Proceedings of the meeting of veterinary officers in India
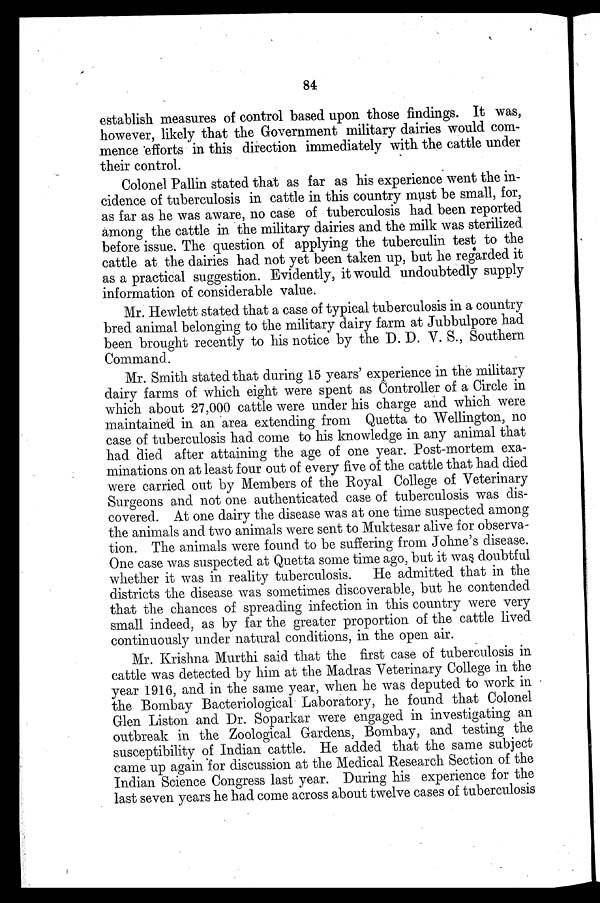
84
establish measures of control based upon those findings. It was,
however, likely that the Government military dairies would com-
mence efforts in this direction immediately with the cattle under
their control.
Colonel Pallin stated that as far as his experience went the in-
cidence of tuberculosis in cattle in this country must be small, for,
as far as he was aware, no case of tuberculosis had been reported
among the cattle in the military dairies and the milk was sterilized
before issue. The question of applying the tuberculin test to the
cattle at the dairies had not yet been taken up, but he regarded it
as a practical suggestion. Evidently, it would undoubtedly supply
information of considerable value.
Mr. Hewlett stated that a case of typical tuberculosis in a country
bred animal belonging to the military dairy farm at Jubbulpore had
been brought recently to his notice by the D. D. V. S., Southern
Command.
Mr. Smith stated that during 15 years' experience in the military
dairy farms of which eight were spent as Controller of a Circle in
which about 27,000 cattle were under his charge and which were
maintained in an area extending from Quetta to Wellington, no
case of tuberculosis had come to his knowledge in any animal that
had died after attaining the age of one year. Post-mortem exa-
minations on at least four out of every five of the cattle that had died
were carried out by Members of the Royal College of Veterinary
Surgeons and not one authenticated case of tuberculosis was dis-
covered. At one dairy the disease was at one time suspected among
the animals and two animals were sent to Muktesar alive for observa-
tion. The animals were found to be suffering from Johne's disease.
One case was suspected at Quetta some time ago, but it was doubtful
whether it was in reality tuberculosis. He admitted that in the
districts the disease was sometimes discoverable, but he contended
that the chances of spreading infection in this country were very
small indeed, as by far the greater proportion of the cattle lived
continuously under natural conditions, in the open air.
Mr. Krishna Murthi said that the first case of tuberculosis in
cattle was detected by him at the Madras Veterinary College in the
year 1916, and in the same year, when he was deputed to work in
the Bombay Bacteriological Laboratory, he found that Colonel
Glen Liston and Dr. Soparkar were engaged in investigating an
outbreak in the Zoological Gardens, Bombay, and testing the
susceptibility of Indian cattle. He added that the same subject
came up again for discussion at the Medical Research Section of the
Indian Science Congress last year. During his experience for the
last seven years he had come across about twelve cases of tuberculosis